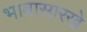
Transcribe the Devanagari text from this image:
भावासारखे